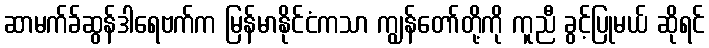
ဆာမက်ခ်ဆွန်ဒါရေဗက်က မြန်မာနိုင်ငံကသာ ကျွန်တော်တို့ကို ကူညီ ခွင့်ပြုမယ် ဆိုရင်